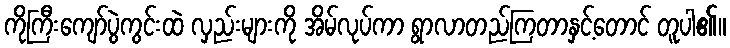
ကိုကြီးကျော်ပွဲကွင်းထဲ လှည်းများကို အိမ်လုပ်ကာ ရွာလာတည်ကြတာနှင့်တောင် တူပါ၏။